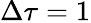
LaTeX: \Delta\tau=1